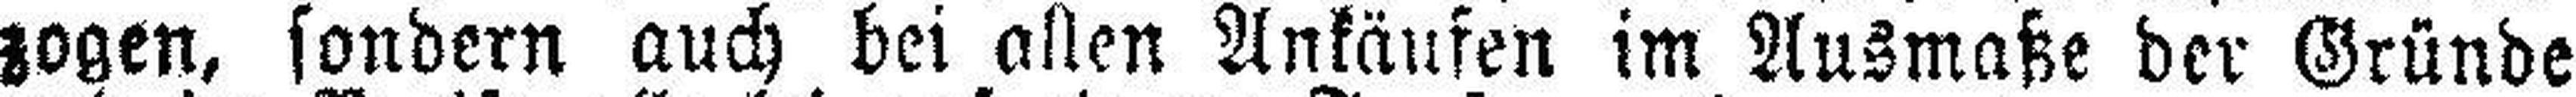
zogen, sondern auch bei allen Ankäufen im Ausmaße der Gründe